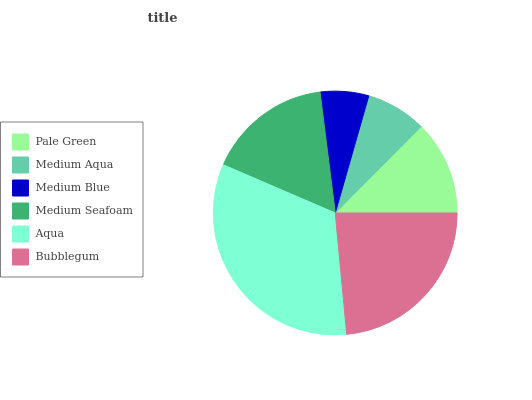
| Pale Green | Medium Aqua | Medium Blue | Medium Seafoam | Aqua | Bubblegum |
 | --- | --- | --- | --- | --- | --- |
 | 12.5% | 8.02% | 6.41% | 16.5% | 32.9% | 23.5% |